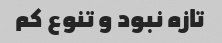
تازه نبود و تنوع کم